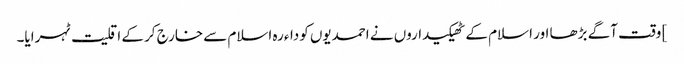
] وقت آگے بڑھا اور اسلام کے ٹھیکیداروں نے احمدیوں کوداءرہ اسلام سے خارج کر کے اقلیت ٹہرایا۔